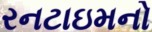
રનટાઇમનો